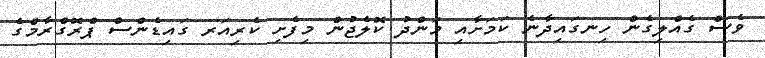
ވެސް ގެއްލިގެން ހިނގައިދާނެ ކަމަށާއި މަންދު ކޮލެޖުން މިފެށި ކެރިއަރ ގައިޑެންސް ޕްރޮގްރާމްގެ